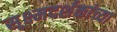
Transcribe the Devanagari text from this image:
सूक्ष्मदर्शकांच्या